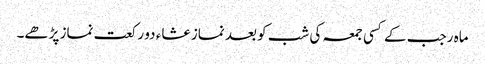
ماہ رجب کے کسی جمعہ کی شب کو بعد نماز عشاء دو رکعت نماز پڑھے۔